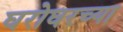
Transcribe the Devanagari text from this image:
घरोघरच्या